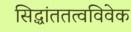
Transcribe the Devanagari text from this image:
सिद्धांततत्वविवेक